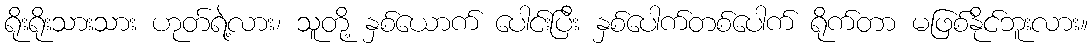
ရိုးရိုးသားသား ဟုတ်ရဲ့လား၊ သူတို့ နှစ်ယောက် ပေါင်းပြီး နှစ်ပေါက်တစ်ပေါက် ရိုက်တာ မဖြစ်နိုင်ဘူးလား။